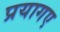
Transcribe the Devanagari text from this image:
प्रयागए